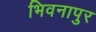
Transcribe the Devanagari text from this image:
भिवनापुर